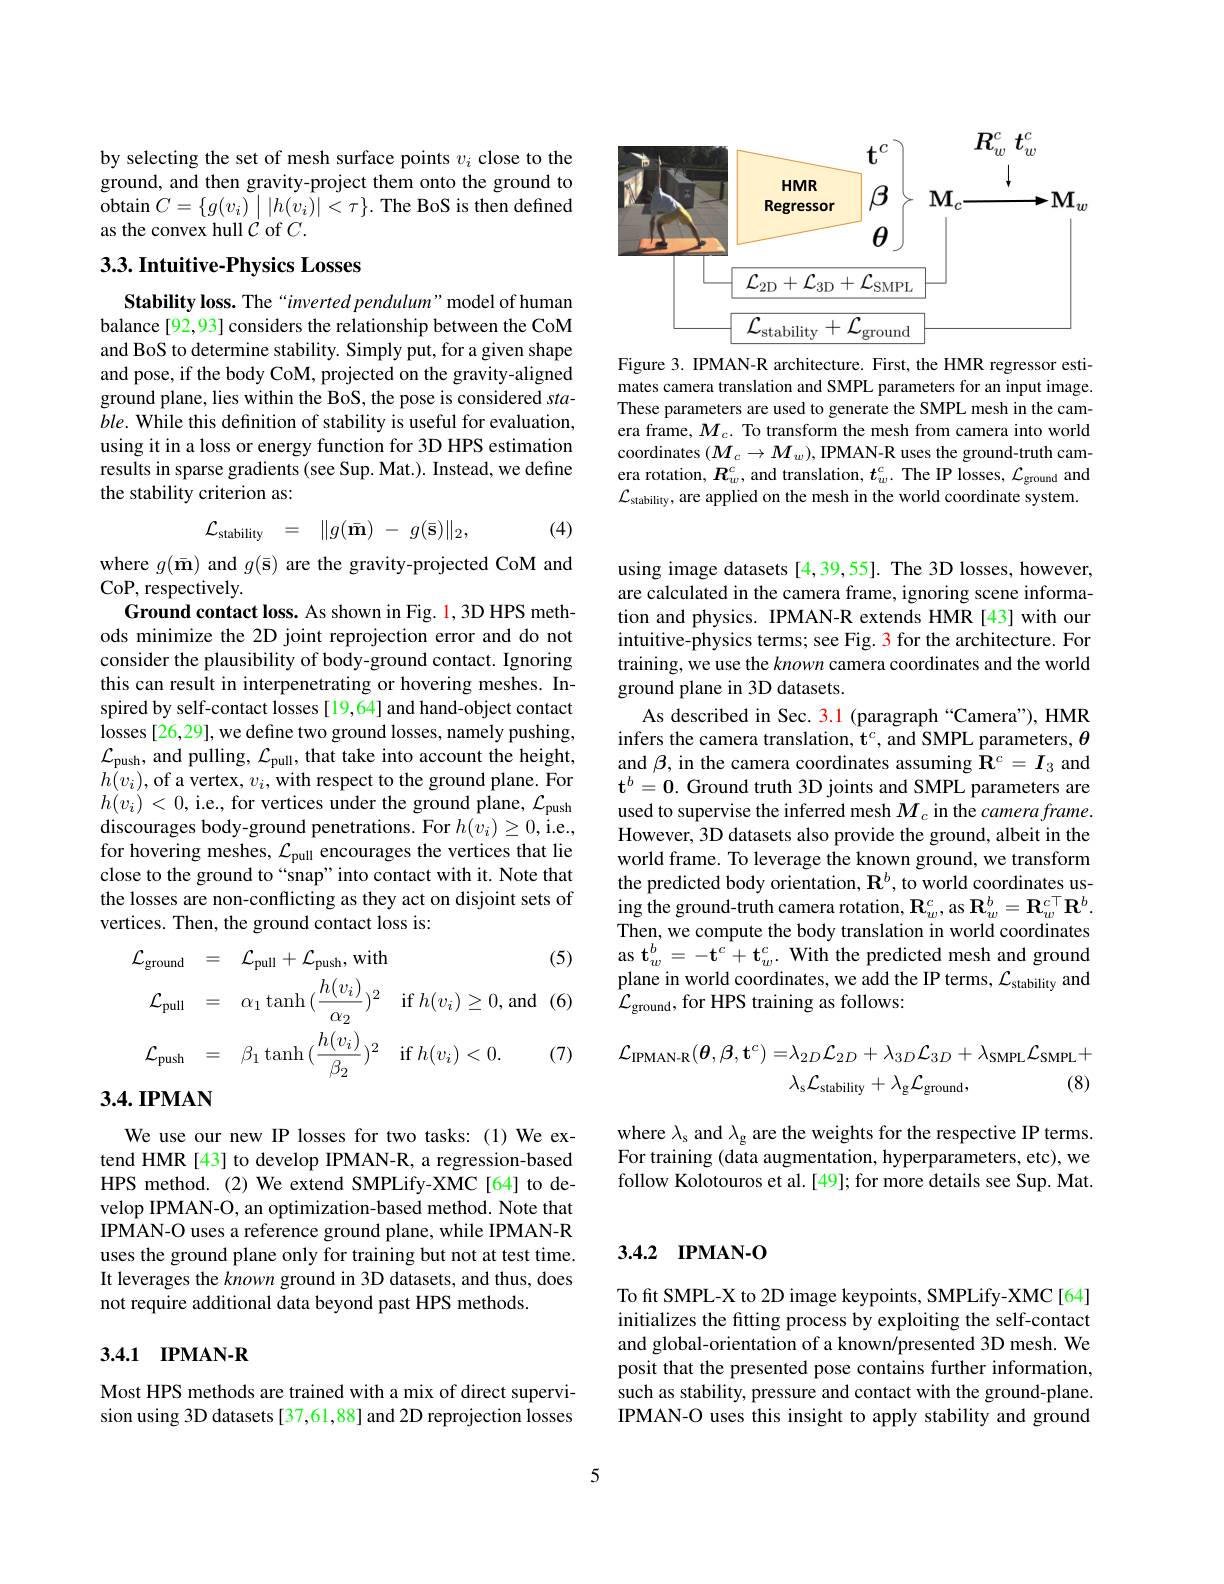
by selecting the set of mesh surface points $v_i$ close to the ground, and then gravity-project them onto the ground to obtain $C=\{g(v_{i})\mid|h(v_{i})|<\tau\}.$ The BoS is then defined as the convex hull $C$ of $C.$

## $3. 3. \textbf{Intuitive- Physics Losses}$

Stability loss. The “inverted pendulum” model of human balance [92,93] considers the relationship between the CoM and BoS to determine stability. Simply put, for a given shape and pose, if the body CoM, projected on the gravity-aligned ground plane, lies within the BoS, the pose is considered sta- $ble.$ While this definition of stability is useful for evaluation, using it in a loss or energy function for 3D HPS estimation results in sparse gradients (see Sup. Mat.). Instead, we define the stability criterion as:

(4)
$$\mathcal{L}_{\mathrm{stability}}\quad=\quad\|g(\bar{\mathbf{m}})\:-\:g(\bar{\mathbf{s}})\|_{2},$$
where $g(\bar{\mathbf{m}})$ and $g(\bar{\mathbf{s}})$ are the gravity-projected CoM and
CoP, respectively.
Ground contact loss. As shown in Fig. 1,3D HPS methods minimize the 2D joint reprojection error and do not consider the plausibility of body-ground contact. Ignoring this can result in interpenetrating or hovering meshes. Inspired by self-contact losses [19,64] and hand-object contact losses[26,29], we define two ground losses, namely pushing, $\mathcal{L}_{\mathrm{push}}$, and pulling, $\mathcal{L}_\mathrm{pull}$, that take into account the height, $h(v_{i})<0$,i.e., for vertices under the ground plane, $\mathcal{L}_\mathrm{push}$ discourages body-ground penetrations. For $h(v_{i})\geq0$,i.e. for hovering meshes, $\mathcal{L}_\mathrm{pull}$ encourages the vertices that lie close to the ground to “snap”into contact with it. Note that the losses are non-conflicting as they act on disjoint sets of vertices. Then, the ground contact loss is:

We use our new IP losses for two tasks: (1) We extend HMR [43] to develop IPMAN-R, a regression-based HPS method.(2) We extend SMPLify-XMC[64] to develop IPMAN-O, an optimization-based method. Note that IPMAN-O uses a reference ground plane, while IPMAN-R uses the ground plane only for training but not at test time. It leverages the known ground in 3D datasets, and thus, does not require additional data beyond past HPS methods.

## 3.4.1 IPMAN-R

Most HPS methods are trained with a mix of direct supervision using 3D datasets [37,61,88] and 2D reprojection losses

<FigureHere>

Figure 3. IPMAN-R architecture. First, the HMR regressor estimates camera translation and SMPL parameters for an input image. These parameters are used to generate the SMPL mesh in the camera frame, $M_c.$ To transform the mesh from camera into world coordinates $(M_c\to M_w)$,IPMAN-R uses the ground-truth camera rotation, $R_w^c$, and translation, $t_w^c.$ The IP losses, $\mathcal{L}_\mathrm{ground}$ and $\mathcal{L}_{\text{stability}}$, are applied on the mesh in the world coordinate system.

using image datasets [4,39,55]. The 3D losses, however, are calculated in the camera frame, ignoring scene information and physics. IPMAN-R extends HMR[43] with our intuitive-physics terms; see Fig. 3 for the architecture. For training, we use the known camera coordinates and the world ground plane in 3D datasets.
As described in Sec. 3.1 (paragraph “Camera"), HMR infers the camera translation, $\mathbf{t}^c$, and SMPL parameters, $\theta$ and $\beta$, in the camera coordinates assuming $\mathbf{R}^{c}=\boldsymbol I_{3}$ and $\mathbf{t}^b=\mathbf{0}.$ Ground truth 3D joints and SMPL parameters are used to supervise the inferred mesh $M_c$ in the camera frame. However, 3D datasets also provide the ground, albeit in the world frame. To leverage the known ground, we transform the predicted body orientation, $\mathbf{R}^{b}$, to world coordinates using the ground-truth camera rotation, $\mathbf{R}_w^{c}$,as $\mathbf{R}_w^{b}=\mathbf{R}_w^{c\top}\mathbf{R}^{b}.$ Then, we compute the body translation in world coordinates
$$\begin{aligned}&\mathcal{L}_{\mathrm{ground}}&&=\quad\mathcal{L}_{\mathrm{pull}}+\mathcal{L}_{\mathrm{push}},\mathrm{with}\quad(5)\quad\mathrm{as~t}_{w}^{b}=-\mathbf{t}^{c}+\mathbf{t}_{w}^{c}.\text{ Wilth the predicted mesh and ground}\\&\mathcal{L}_{\mathrm{pull}}&&=\quad\alpha_{1}\tanh{(\frac{h(v_{i})}{\alpha_{2}})^{2}}\quad\mathrm{if~}h(v_{i})\geq0,\mathrm{and}\quad(6)\quad\mathrm{as~t}_{w}^{b}=-\mathbf{t}^{c}+\mathbf{t}_{w}^{c}.\text{ Wilthe predicted mesh and ground}\\&\mathcal{L}_{\mathrm{push}}&&=\quad\beta_{1}\tanh{(\frac{h(v_{i})}{\beta_{2}})^{2}}\quad\mathrm{if~}h(v_{i})<0.\quad(7)\quad\mathcal{L}_{\mathrm{ground}}(\theta,\beta,\mathbf{t}^{c})=&&\lambda_{2D}\mathcal{L}_{2D}+\lambda_{3D}\mathcal{L}_{3D}+\lambda_{\mathrm{SMPL}}\mathcal{L}_{\mathrm{SMPL}}+\\&\text{.IPMAN}\end{aligned}$$
where $\lambda_\mathrm{s}$ and $\lambda_\mathrm{g}$ are the weights for the respective IP terms. For training (data augmentation, hyperparameters, etc), we follow Kolotouros et al.[49]; for more details see Sup. Mat.

## 3.4.2 IPMAN-O

To fit SMPL-X to 2D image keypoints, SMPLify-XMC[64] initializes the fitting process by exploiting the self-contact and global-orientation of a known/presented 3D mesh. We posit that the presented pose contains further information, such as stability, pressure and contact with the ground-plane. IPMAN-O uses this insight to apply stability and ground

5